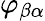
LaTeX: \varphi_{\beta\alpha}